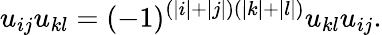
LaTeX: u_{ij}u_{kl}=(-1)^{(|i|+|j|)(|k|+|l|)}u_{kl}u_{ij}.